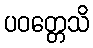
ပဝတ္တေသိ